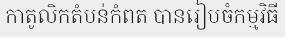
កាតូលិកតំបន់កំពត បានរៀបចំកម្មវិធី